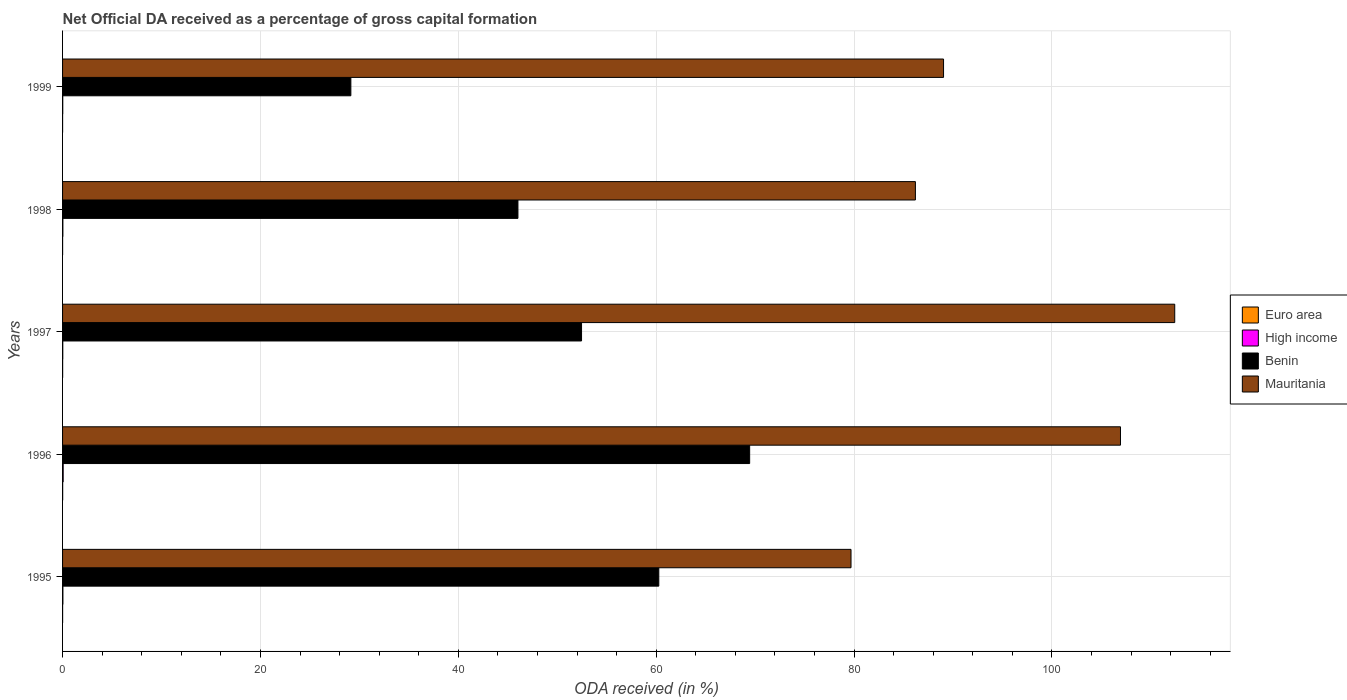
| Years | Euro area | High income | Benin | Mauritania |
 | --- | --- | --- | --- | --- |
 | 1995 | 0.005 | 0.0338 | 60.3 | 79.7 |
 | 1996 | 0.0108 | 0.0625 | 69.4 | 107 |
 | 1997 | 0.00791 | 0.0218 | 52.5 | 112 |
 | 1998 | 0.00386 | 0.031 | 46 | 86.2 |
 | 1999 | 0.00346 | 0.0179 | 29.1 | 89 |